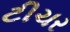
ટીચર